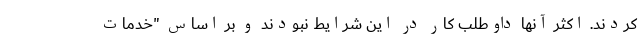
‌کردند. اکثر آنها داوطلب کار در این شرایط نبودند و بر اساس "خدمات